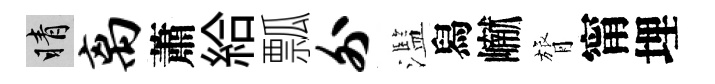
睛离蕭給瓢外濫舄𪩘膂甯埋